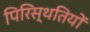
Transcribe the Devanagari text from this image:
पिरिस्थतियों